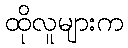
ထိုလူများက